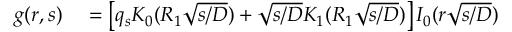
\begin{array} { r l } { g ( r , s ) } & { { } = \left[ q _ { s } K _ { 0 } ( R _ { 1 } \sqrt { s / D } ) + \sqrt { s / D } K _ { 1 } ( R _ { 1 } \sqrt { s / D } ) \right] I _ { 0 } ( r \sqrt { s / D } ) } \end{array}